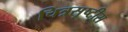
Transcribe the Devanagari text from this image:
चित्रसृष्टीस